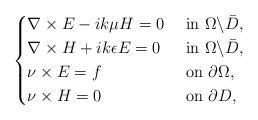
LaTeX: \begin{align*}\begin{cases}\nabla\times E-ik\mu H=0 & \mbox{ in }\Omega\backslash\bar{D},\\\nabla\times H+ik\epsilon E=0 & \mbox{ in }\Omega\backslash\bar{D},\\\nu\times E=f & \mbox{ on }\partial\Omega,\\\nu\times H=0 & \mbox{ on }\partial D,\end{cases}\end{align*}